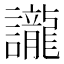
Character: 𮙇